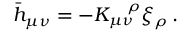
\bar { h } _ { \mu \nu } = - K _ { \mu \nu } ^ { \ \ \, \rho } \xi _ { \rho } \, .